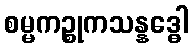
စမ္မကဉ္စုကသန္နဒ္ဓေါ